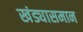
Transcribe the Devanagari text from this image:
खंड्यासमान